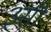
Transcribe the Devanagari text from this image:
३सी